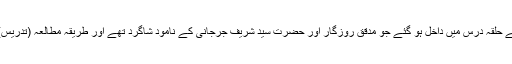
پھر مولانا خواجہ علی سمرقندی کے حلقہ درس میں داخل ہو گئے جو مدققِ روزگار اور حضرت سید شریف جرجانی کے نامود شاگرد تھے اور طریقہ مطالعہ (تدریس) میں اپنی نظیر نہیں رکھتے تھے۔